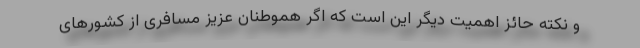
و نکته حائز اهمیت دیگر این است که اگر هموطنان عزیز مسافری از کشورهای